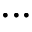
. . .